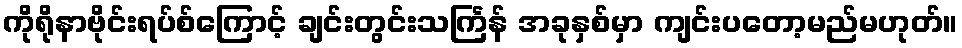
ကိုရိုနာဗိုင်းရပ်စ်ကြောင့် ချင်းတွင်းသင်္ကြန် အခုနှစ်မှာ ကျင်းပတော့မည်မဟုတ်။